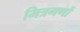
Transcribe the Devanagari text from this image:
मित्रगणों